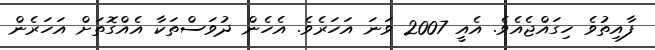
ފާއިތުވެ ހިގައްޖެއެވެ. އެއީ 2007 ވަނަ އަހަރެވެ. އެހެން ދުވަސްތަކާ އެއްގޮތަށް އަހަރެން